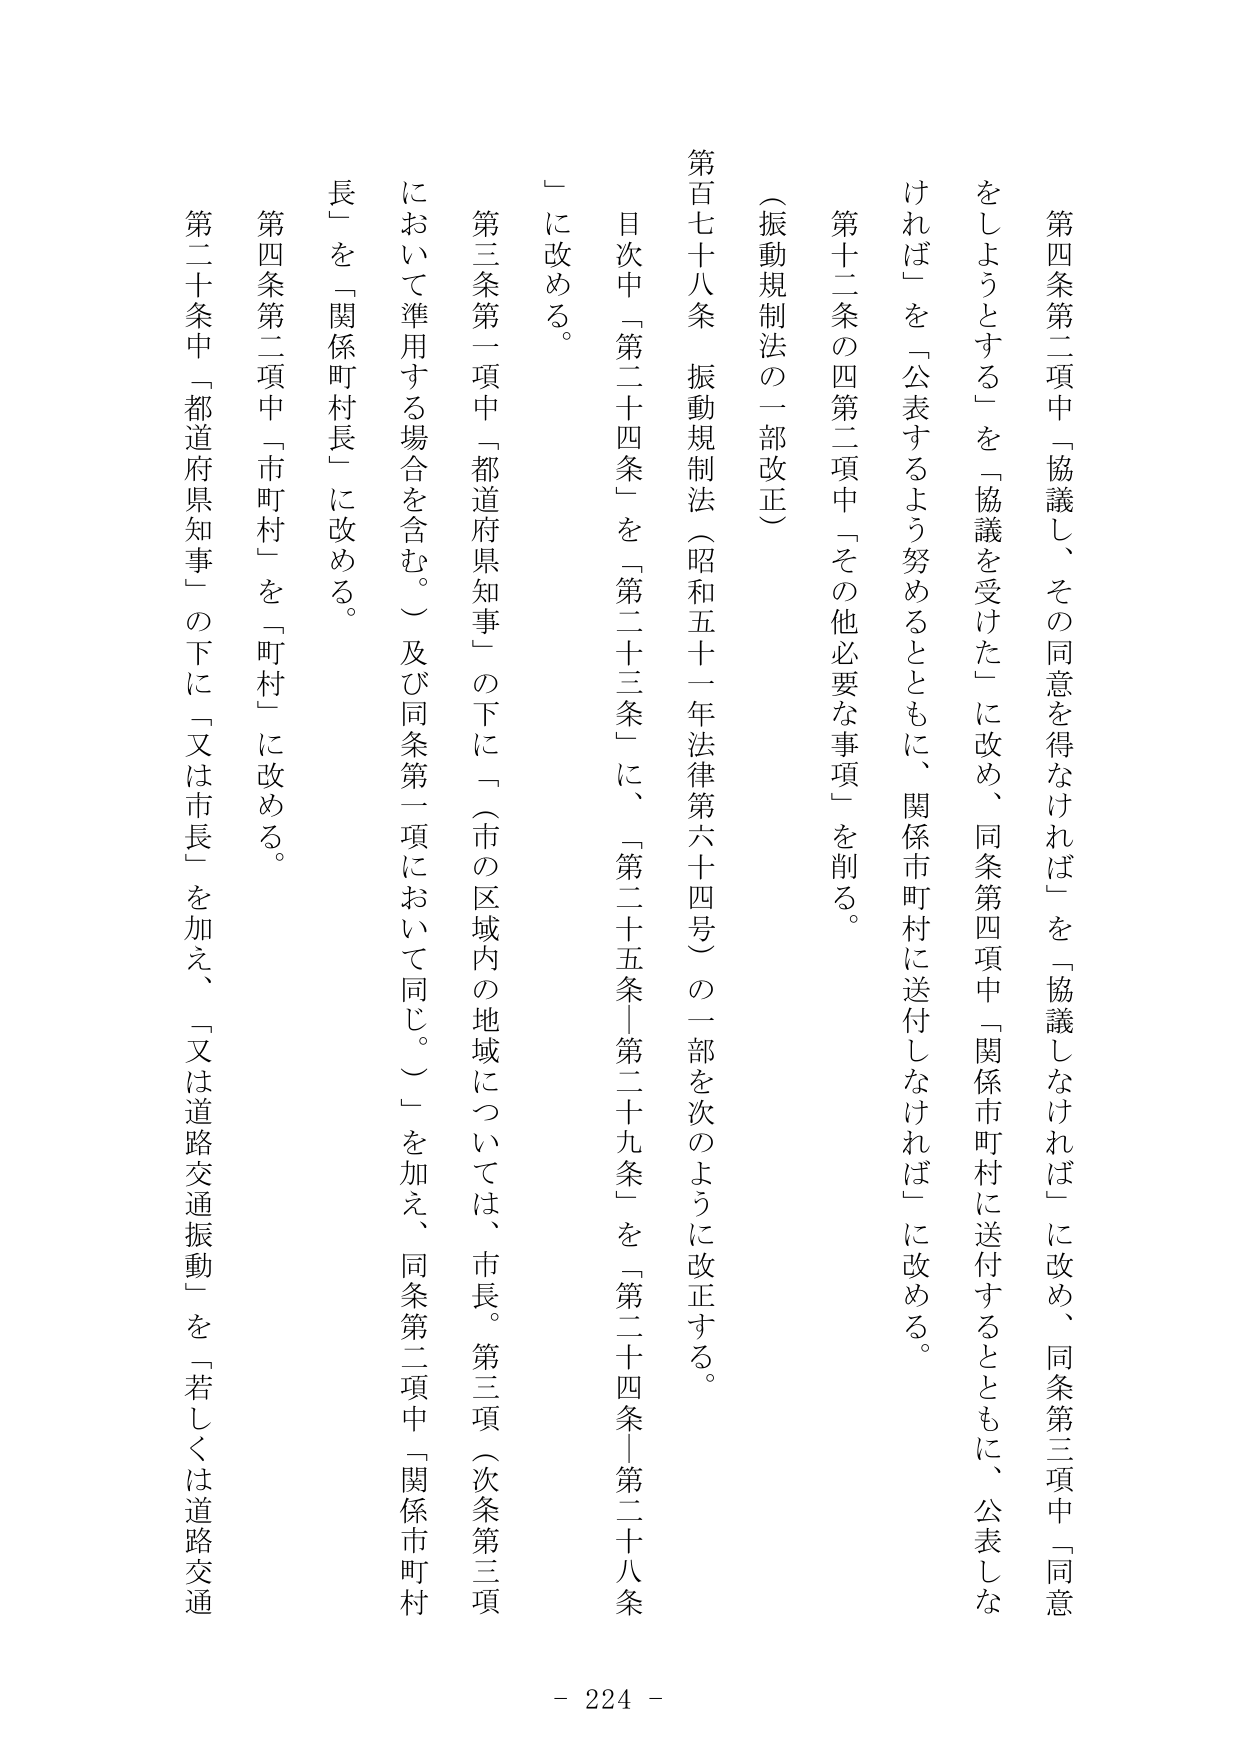
第四条第二項中「協議し、その同意を得なければ」を「協議しなければ」に改め、同条第三項中「同意をしようとする」を「協議を受けた」に改め、同条第四項中「関係市町村に送付するとともに、公表しなければ」を「公表するよう努めるとともに、関係市町村に送付しなければ」に改める。

第十二条の四第二項中「その他必要な事項」を削る。

（振動規制法の一部改正）

第百七十八条 振動規制法（昭和五十一年法律第六十四号）の一部を次のように改正する。

目次中「第二十四条」を「第二十三条」に、「第二十五条─第二十九条」を「第二十四条─第二十八条」に改める。

第三条第一項中「都道府県知事」の下に「（市の区域内の地域については、市長。第三項（次条第三項において準用する場合を含む。）及び同条第一項において同じ。）」を加え、同条第二項中「関係市町村長」を「関係町村長」に改める。

第四条第二項中「市町村」を「町村」に改める。

第二十条中「都道府県知事」の下に「又は市長」を加え、「又は道路交通振動」を「若しくは道路交通

- 224 -